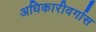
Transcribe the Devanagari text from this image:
अधिकारीवर्गास